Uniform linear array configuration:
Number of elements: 24
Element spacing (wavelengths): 0.5
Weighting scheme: hann
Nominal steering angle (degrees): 45
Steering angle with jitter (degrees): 46.29
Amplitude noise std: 0.05
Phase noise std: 0.05

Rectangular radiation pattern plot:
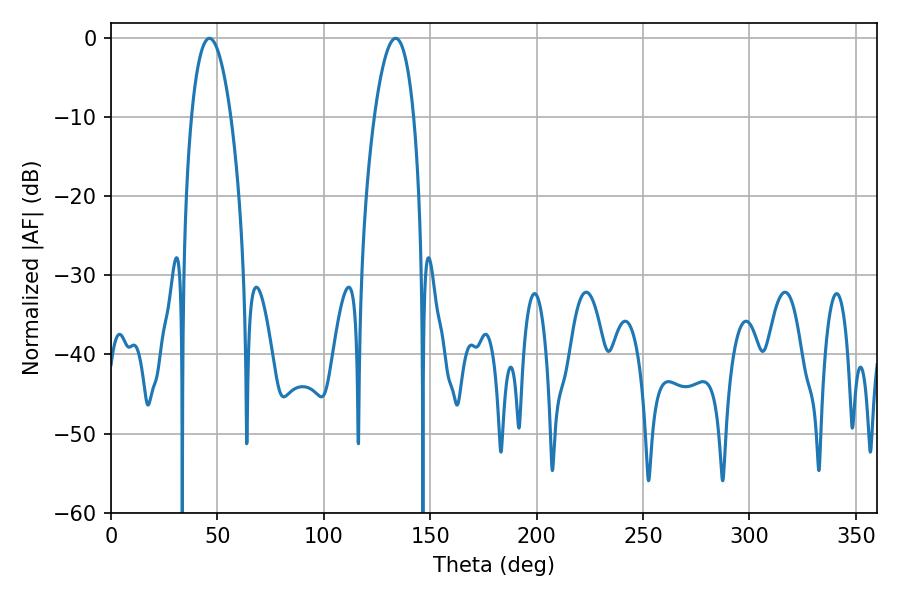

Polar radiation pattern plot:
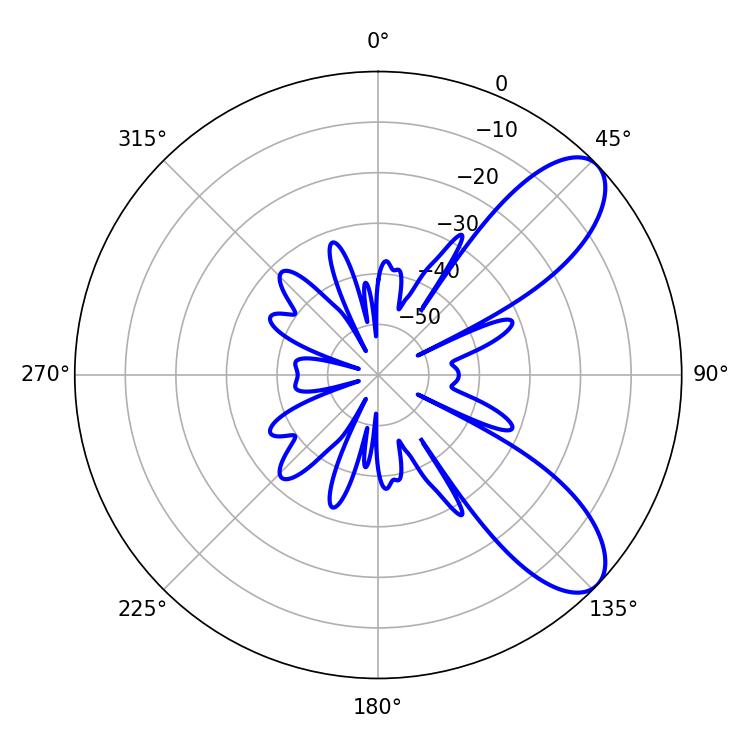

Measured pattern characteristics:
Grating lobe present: FALSE
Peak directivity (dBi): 8.565
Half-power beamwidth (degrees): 10.26
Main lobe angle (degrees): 46.26